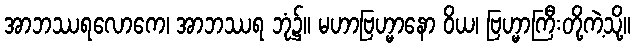
အာဘဿရလောကေ၊ အာဘဿရ ဘုံ၌။ မဟာဗြဟ္မာနော ဝိယ၊ ဗြဟ္မာကြီးတို့ကဲ့သို့။